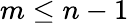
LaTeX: m\leq n-1